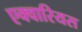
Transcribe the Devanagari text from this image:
एक्वारियस